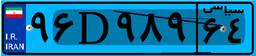
۹۶D۹۸۹۶۴